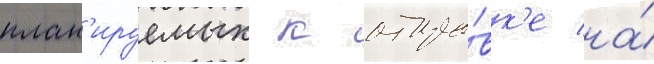
план'ируемых к отпра́вк'е на́